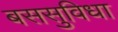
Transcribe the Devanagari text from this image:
बससुविधा